Annual report on the working of the lock hospitals in the North-Western Provinces and Oudh
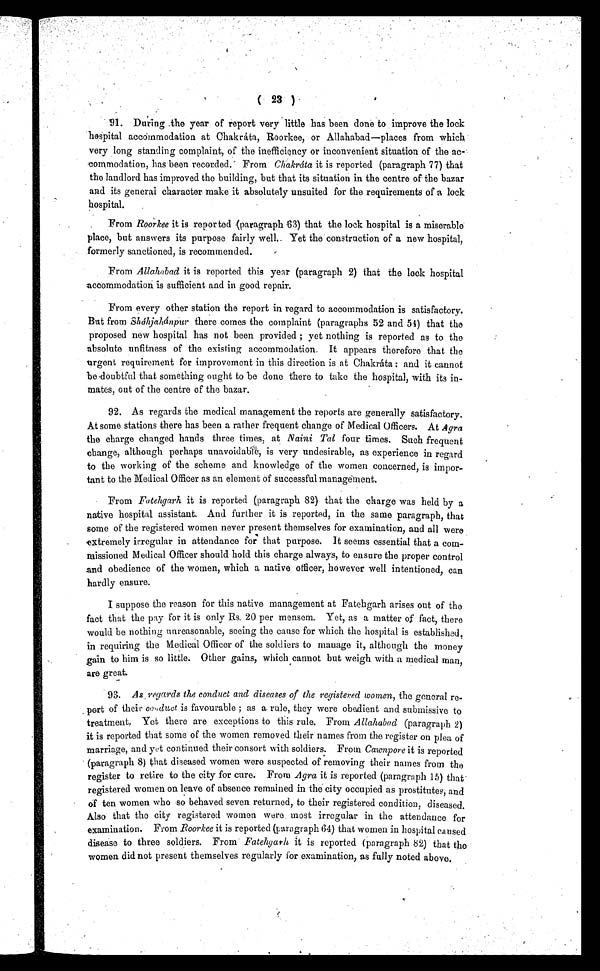
( 23 )
9 1.
D u r i n g t h e y e a r o f r e p o r t v e r y l i t t l e h a s b e e n d o n e t o i m p r o v e t h e l o c k
hospital accommodation at Chakráta, Roorkee, or Allahabad—places from which
very long standing complaint, of the inefficiency or inconvenient situation of the ac-
commodation, has been recorded. From Chakráta it is reported (paragraph 77) that
the landlord has improved the building, but that its situation in the centre of the bazar
and its general character make it absolutely unsuited for the requirements of a lock
hospital.
From Roorkee it is reported (paragraph 63) that the lock hospital is a miserable
place, but answers its purpose fairly well. Yet the construction of a new hospital,
formerly sanctioned, is recommended.
From Allahabad it is reported this year (paragraph 2) that the lock hospital
accommodation is sufficient and in good repair.
From every other station the report in regard to accommodation is satisfactory.
But from Sháhjahánpur there comes the complaint (paragraphs 52 and 54) that the
proposed new hospital has not been provided ; yet nothing is reported as to the
absolute unfitness of the existing accommodation. It appears therefore that the
urgent requirement for improvement in this direction is at Chakráta: and it cannot
be doubtful that something ought to be done there to take the hospital, with its in-
mates, out of the centre of the bazar.
92. As regards the medical management the reports are generally satisfactory.
At some stations there has been a rather frequent change of Medical Officers. At Agra
the charge changed hands three times, at Naini Tal four times. Such frequent
change, although perhaps unavoidable, is very undesirable, as experience in regard
to the working of the scheme and knowledge of the women concerned, is impor-
tant to the Medical Officer as an element of successful management.
From Fatehgarh it is reported (paragraph 82) that the charge was held by a
native hospital assistant. And further it is reported, in the same paragraph, that
some of the registered women never present themselves for examination, and all were
extremely irregular in attendance for that purpose. It seems essential that a com-
missioned Medical Officer should hold this charge always, to ensure the proper control
and obedience of the women, which a native officer, however well intentioned, can
hardly ensure.
I suppose the reason for this native management at Fatehgarh arises out of the
fact that the pay for it is only Rs. 20 per mensem. Yet, as a matter of fact, there
would be nothing unreasonable, seeing the cause for which the hospital is established,
in requiring the Medical Officer of the soldiers to manage it, although the money
gain to him is so little. Other gains, which cannot but weigh with a medical man,
are great.
93. 93. As regards the conduct and diseases of the registered women, the general re-
port of their conduct is favourable ; as a rule, they were obedient and submissive to
t r e a t me n t . Ye t t h e r e a r e e x c e p t i o n s t o t h i s r u l e . Fr o m A l l a h a b a d
( p a r a g r a p h 2 )
it is reported that some of the women removed their names from the register on plea of
marriage, and yet continued their consort with soldiers: From Cawnpore it is reported
(paragraph 8) that diseased women were suspected of removing their names from the
register to retire to the city for cure. From Agra it is reported (paragraph 15) that
registered women on leave of absence remained in the city occupied as prostitutes, and
of ten women who so behaved seven returned, to their registered condition, diseased.
Also that the city registered women were most irregular in the attendance for
examination. From Roorkee it is reported (paragraph 64) that women in hospital caused
disease to three soldiers. From Fatehgarh it is reported (paragraph 82) that the
women did not present themselves regularly for examination, as fully noted above.